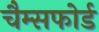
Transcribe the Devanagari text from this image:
चैम्सफोर्ड